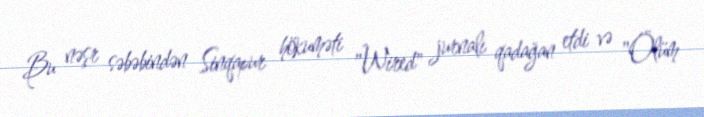
Bu nəşr səbəbindən Sinqapur hökuməti "Wired" jurnalı qadağan etdi və "Ölüm